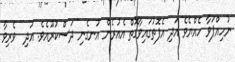
ނުހިއްޕަވާ ހެއްޔެވެ އަދި އެފޮތުގައިވާގޮތް އެއުރެން އުނގެނި ދަސްކުރޫއެވެ. އަދި  ވެރިވާ